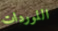
اللوردات